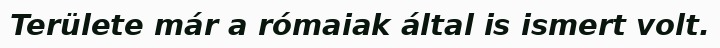
Területe már a rómaiak által is ismert volt.